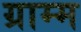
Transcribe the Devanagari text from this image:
ग्राम्म